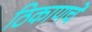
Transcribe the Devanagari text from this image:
ठिकाणचें